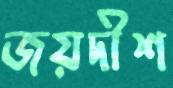
জয়দীশ